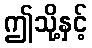
ဤသို့နှင့်